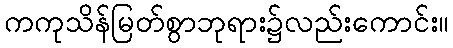
ကကုသိန်မြတ်စွာဘုရား၌လည်းကောင်း။